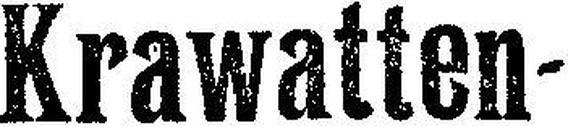
Krawatten¬